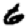
Digit: 6